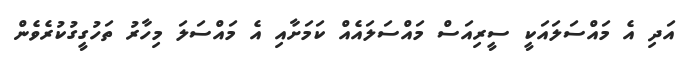
އަދި އެ މައްސަލައަކީ ސީރިއަސް މައްސަލައެއް ކަމަށާއި އެ މައްސަލަ މިހާރު ތަހުގީގުކުރެވެން